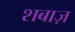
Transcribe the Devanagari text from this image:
शबाज़